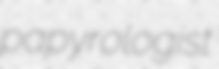
papyrologist